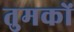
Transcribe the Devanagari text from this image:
तुमकों